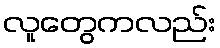
လူတွေကလည်း